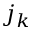
j _ { k }